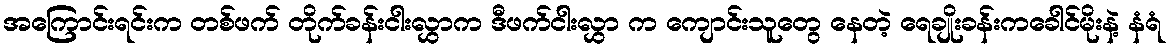
အကြောင်းရင်းက တစ်ဖက် တိုက်ခန်းငါးလွှာက ဒီဖက်ငါးလွှာ က ကျောင်းသူတွေ နေတဲ့ ရေချိုးခန်းကခေါင်မိုးနဲ့ နံရံ